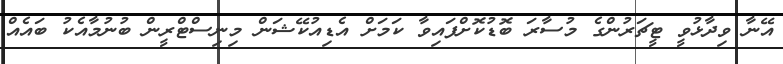
އޭނާ ވިދާޅުވީ ޓީޗަރުންގެ މުސާރަ ބޮޑުކޮށްފައިވާ ކަމަށް އެޑިއުކޭޝަން މިނިސްޓްރީން ބުނުމާއެކު ބައެއް